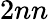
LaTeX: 2nn